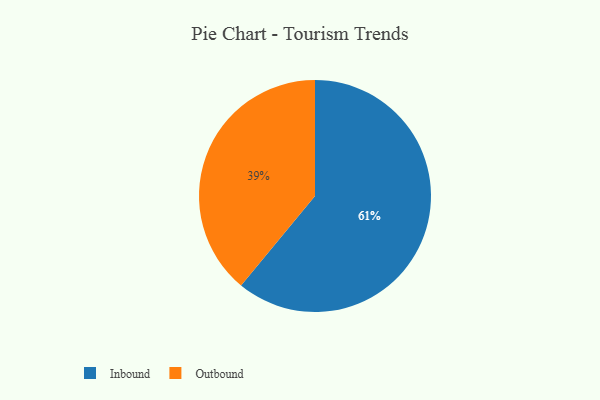
{"axis": {"x": "Category", "y": "Percentage"}, "legend": ["Inbound", "Outbound"], "data": [{"x": "Inbound", "y": 61, "type": "Inbound"}, {"x": "Outbound", "y": 39, "type": "Outbound"}]}